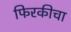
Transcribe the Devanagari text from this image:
फिरकीचा